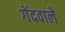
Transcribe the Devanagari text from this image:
गेंदवाले